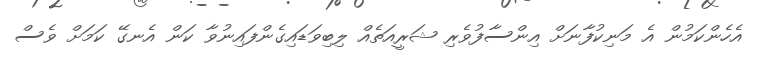
އެހެންކަމުން އެ މަނިކުފާނަށް އިންސާފުވެރި ޝަރީއަތެއް ލިބިވަޑައިގެންފައިނުވާ ކަން އެނގޭ ކަމަށް ވެސް